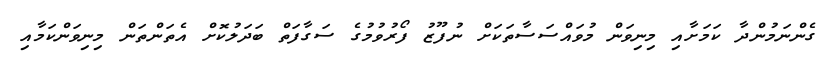
ގެންނަމުންދާ ކަމަށާއި މިނިވަން މުވައްސަސާތަކަށް ނުފޫޒު ފޯރުވުމުގެ ސަގާފަތް ބަދަލުކޮށް އެތަންތަން މިނިވަންކަމާއި